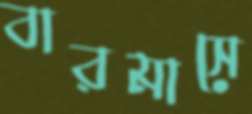
বারমাসে